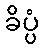
ခိပ္ပံ